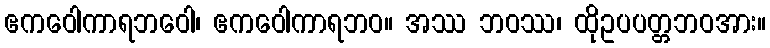
ဧကဝေါကာရဘဝေါ၊ ဧကဝေါကာရဘဝ။ အဿ ဘဝဿ၊ ထိုဥပပတ္တဘဝအား။